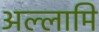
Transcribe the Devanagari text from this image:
अल्लामि